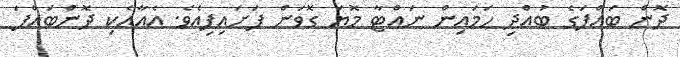
ދޮން ބައްޕަގެ ބުއްދި ހަމައިން ނައްޓާ މޮޔަ ގޮވަން ފަށައިފިއެވެ. އެއާއެކި ދޮންބައްޕަ